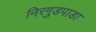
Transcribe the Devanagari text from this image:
निरगुडपाडा